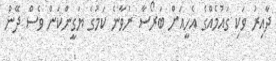
ދާއިރު ވަކި ގައުމެއްގެ އެހީއަށް ބަރޯސާ ނުވާނެ ކަމުގެ ޔަގީންކަން ވެސް ދޭން